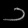
Digit: ၁